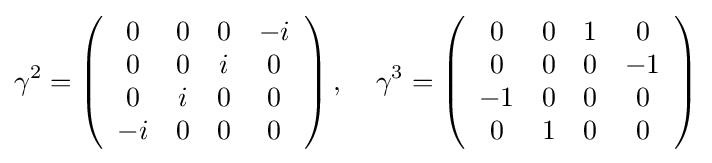
\gamma ^{2}=\left({\begin{array}{cccc}0&0&0&-i\\0&0&i&0\\0&i&0&0\\-i&0&0&0\end{array}}\right),\;\;\;\;\gamma ^{3}=\left({\begin{array}{cccc}0&0&1&0\\0&0&0&-1\\-1&0&0&0\\0&1&0&0\end{array}}\right)